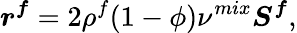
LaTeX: \boldsymbol{r^{f}}=2\rho^{f}(1-\phi)\nu^{mix}\boldsymbol{S^{f}},